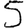
Digit: 5